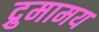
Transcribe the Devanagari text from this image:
द्रुमामय